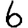
Digit: 6